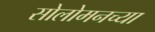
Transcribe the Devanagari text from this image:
सोलोमनच्या